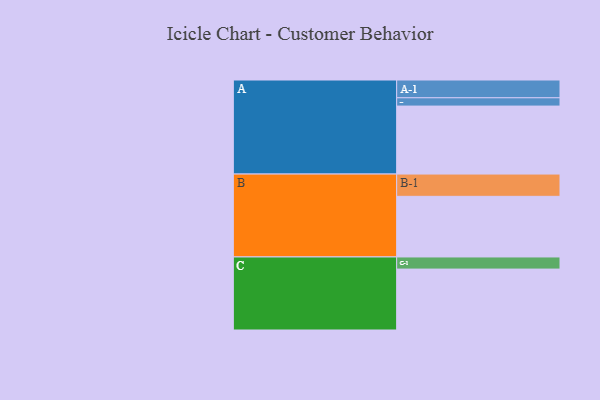
{"axis": {"x": "Segment", "y": "Value"}, "legend": ["", "A", "B", "C"], "data": [{"x": "A", "y": 482, "type": ""}, {"x": "B", "y": 430, "type": ""}, {"x": "C", "y": 432, "type": ""}, {"x": "A-1", "y": 126, "type": "A"}, {"x": "A-2", "y": 59, "type": "A"}, {"x": "B-1", "y": 158, "type": "B"}, {"x": "C-1", "y": 86, "type": "C"}]}